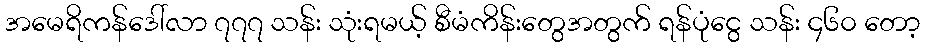
အမေရိကန်ဒေါ်လာ ၇၇၇ သန်း သုံးရမယ့် စီမံကိန်းတွေအတွက် ရန်ပုံငွေ သန်း ၄၆၀ တော့